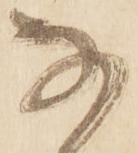
な